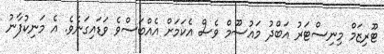
ޓޫރިޒަމް މިނިސްޓަރު އަބްދު މައުސޫމް ވެސް އެކަމަށް އެއްބަސްވެ ވަޑައިގަނެވެ. އެ މަނިކުފާނު